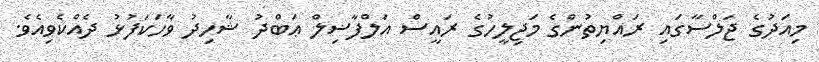
މިއަދުގެ ޖަލްސާގައި ރައްޔިތުންގެ މަޖިލީހުގެ ރައީސް އަލްފާޟިލް ޢަބްދު ޝާހިދު ވާހަކަފުޅު ދެއްކެވިއެވެ.